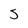
Character: s